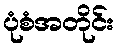
ပုံစံအတိုင်း